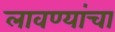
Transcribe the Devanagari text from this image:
लावण्यांचा